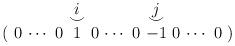
LaTeX: \begin{align*}\renewcommand{\arraystretch}{.4} \arraycolsep=2pt \begin{array}{ccccccccccccc} & & & &i & & & &j & & & & \\ & & & &\smile & & & &\smile & & & & \\ ( &0 &\cdots &0 &1 &0 &\cdots &0 &-1 &0 &\cdots &0 &) \\ \end{array} \end{align*}